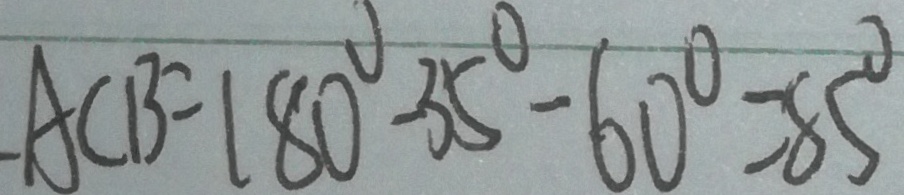
A C B = 1 8 0 ^ { \circ } - 3 5 ^ { \circ } - 6 0 ^ { \circ } = 8 5 ^ { \circ }